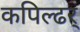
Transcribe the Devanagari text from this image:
कपिल्ढर्